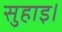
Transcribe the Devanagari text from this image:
सुहाइ।